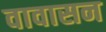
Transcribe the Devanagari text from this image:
वावासन